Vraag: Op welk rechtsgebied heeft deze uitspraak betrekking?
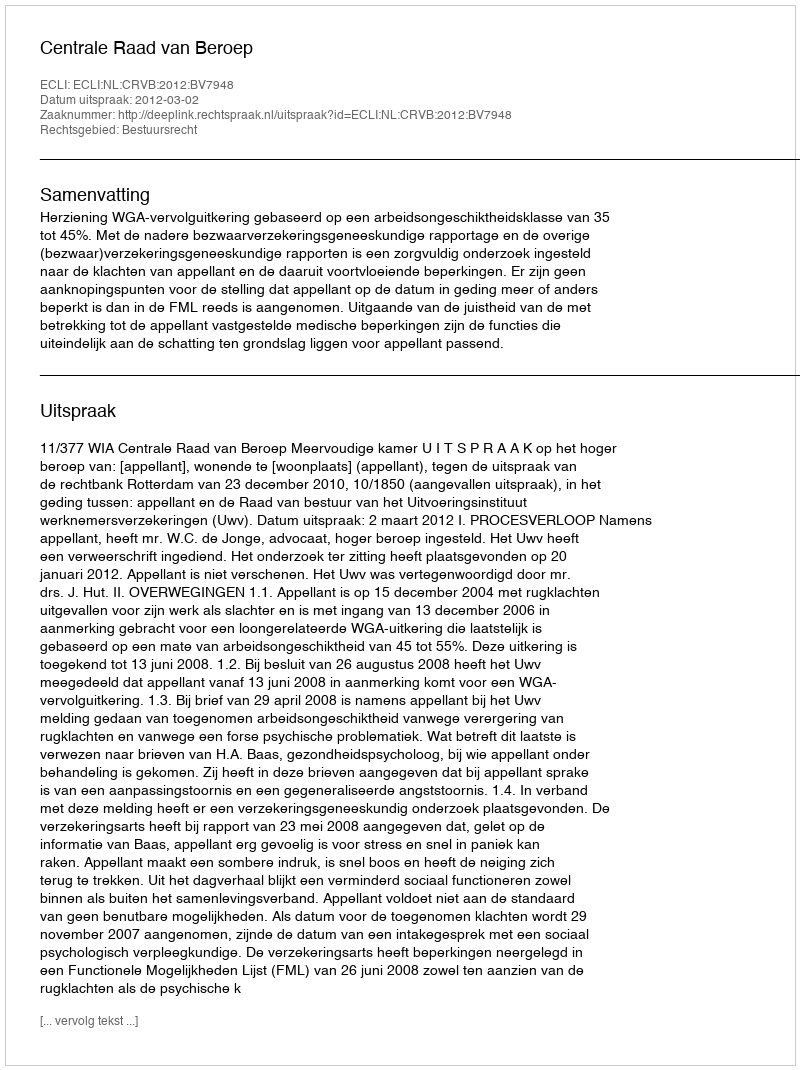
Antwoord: Bestuursrecht